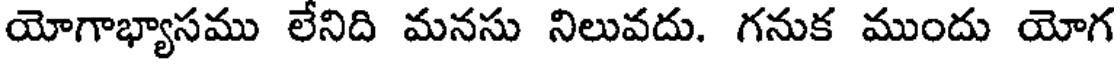
యోగాభ్యాసము లేనిది మనసు నిలువదు. గనుక ముందు యోగ